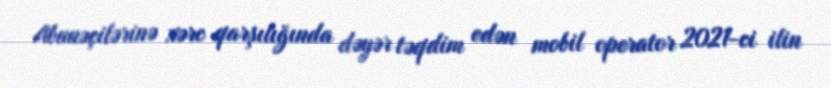
Abunəçilərinə xərc qarşılığında dəyər təqdim edən mobil operator 2021-ci ilin